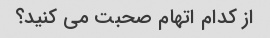
از کدام اتهام صحبت می کنید؟